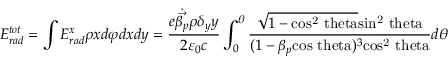
E _ { r a d } ^ { t o t } = \int E _ { r a d } ^ { x } \rho x d \varphi d x d y = \frac { e \dot { \vec { \beta _ { p } } } \rho \delta _ { y } y } { 2 \varepsilon _ { 0 } c } \int _ { 0 } ^ { \theta } \frac { \sqrt { 1 - \mathrm { c o s ^ { 2 } \ t h e t a } } \mathrm { s i n ^ { 2 } \ t h e t a } } { ( 1 - \beta _ { p } \mathrm { c o s \ t h e t a } ) ^ { 3 } \mathrm { c o s ^ { 2 } \ t h e t a } } d \theta